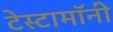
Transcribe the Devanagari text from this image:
टेस्टामॉनी